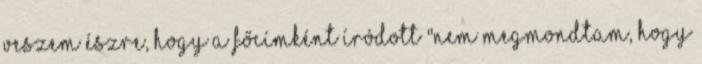
veszem észre, hogy a főcímként íródott "Nem megmondtam, hogy